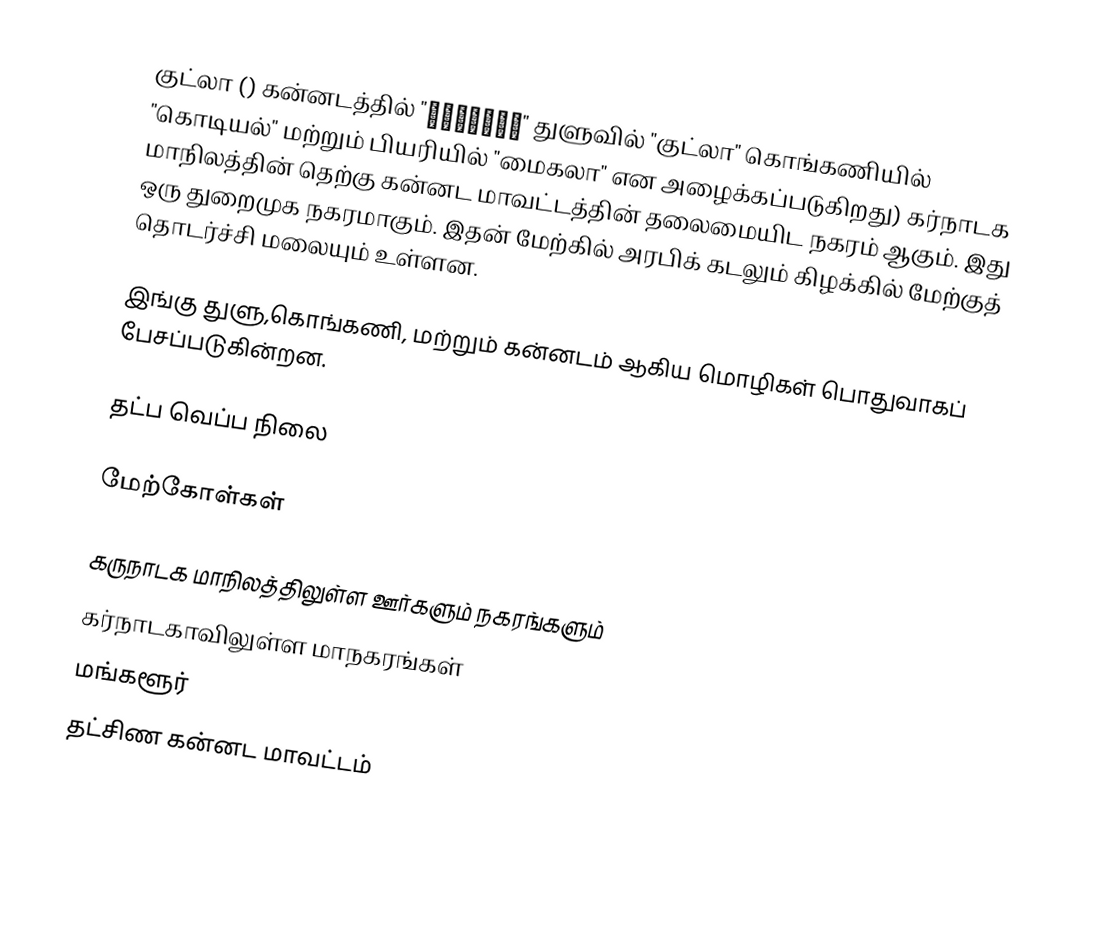
குட்லா () கன்னடத்தில் "ಮಂಗಳೂರು" துளுவில் "குட்லா" கொங்கணியில் "கொடியல்" மற்றும் பியரியில் "மைகலா" என அழைக்கப்படுகிறது) கர்நாடக மாநிலத்தின் தெற்கு கன்னட மாவட்டத்தின் தலைமையிட நகரம் ஆகும். இது ஒரு துறைமுக நகரமாகும்.  இதன் மேற்கில் அரபிக் கடலும் கிழக்கில் மேற்குத் தொடர்ச்சி மலையும் உள்ளன.

இங்கு துளு,கொங்கணி, மற்றும்  கன்னடம் ஆகிய மொழிகள் பொதுவாகப் பேசப்படுகின்றன.

தட்ப வெப்ப நிலை

மேற்கோள்கள்

கருநாடக மாநிலத்திலுள்ள ஊர்களும் நகரங்களும்
கர்நாடகாவிலுள்ள மாநகரங்கள்
மங்களூர்
தட்சிண கன்னட மாவட்டம்